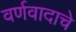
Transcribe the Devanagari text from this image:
वर्णवादाचे